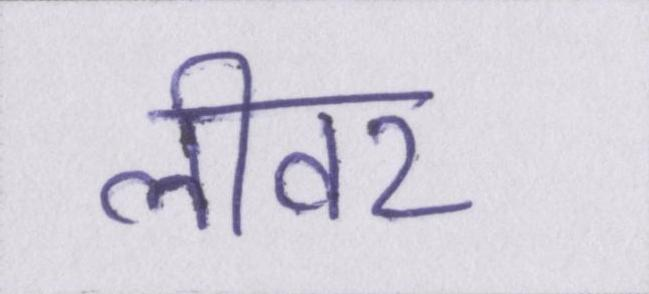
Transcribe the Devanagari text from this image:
लीवर